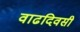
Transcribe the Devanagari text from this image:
वाढदिवसी